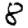
Digit: 8